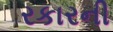
રકારની